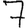
Digit: 7